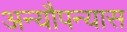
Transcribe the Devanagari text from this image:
अन्यौपन्यास